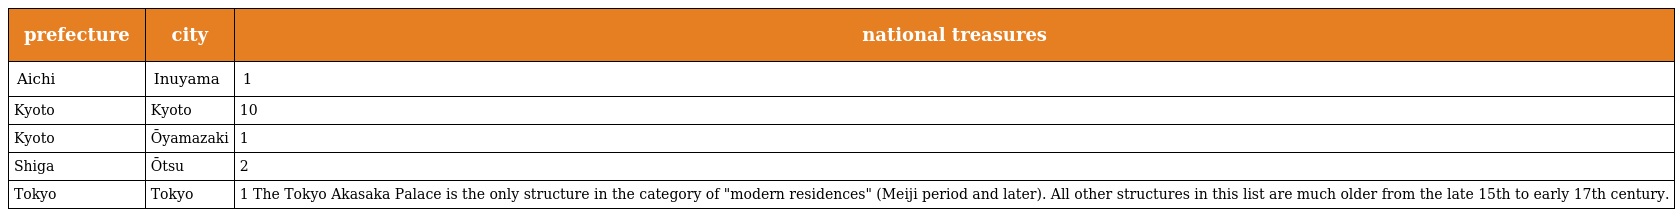
| prefecture | city | national treasures |
 | --- | --- | --- |
 | Aichi | Inuyama | 1 |
 | Kyoto | Kyoto | 10 |
 | Kyoto | Ōyamazaki | 1 |
 | Shiga | Ōtsu | 2 |
 | Tokyo | Tokyo | 1 The Tokyo Akasaka Palace is the only structure in the category of "modern residences" (Meiji period and later). All other structures in this list are much older from the late 15th to early 17th century. |